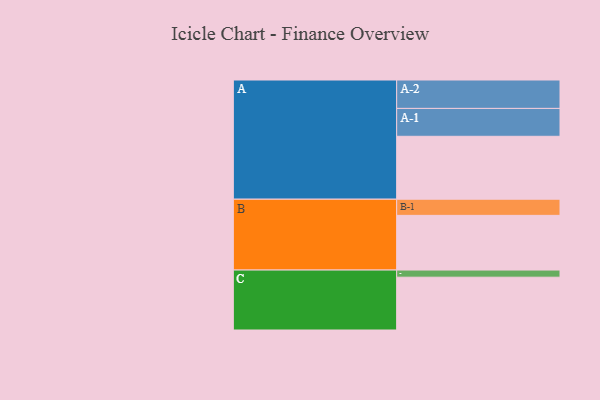
{"axis": {"x": "Segment", "y": "Value"}, "legend": ["", "A", "B", "C"], "data": [{"x": "A", "y": 467, "type": ""}, {"x": "B", "y": 406, "type": ""}, {"x": "C", "y": 392, "type": ""}, {"x": "A-1", "y": 207, "type": "A"}, {"x": "A-2", "y": 211, "type": "A"}, {"x": "B-1", "y": 120, "type": "B"}, {"x": "C-1", "y": 53, "type": "C"}]}